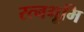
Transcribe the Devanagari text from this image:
रत्नभूमि